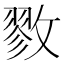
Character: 𪯖